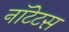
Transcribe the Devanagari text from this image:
नॉटेटस